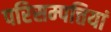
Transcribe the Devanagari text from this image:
परिसम्‍पत्तियां